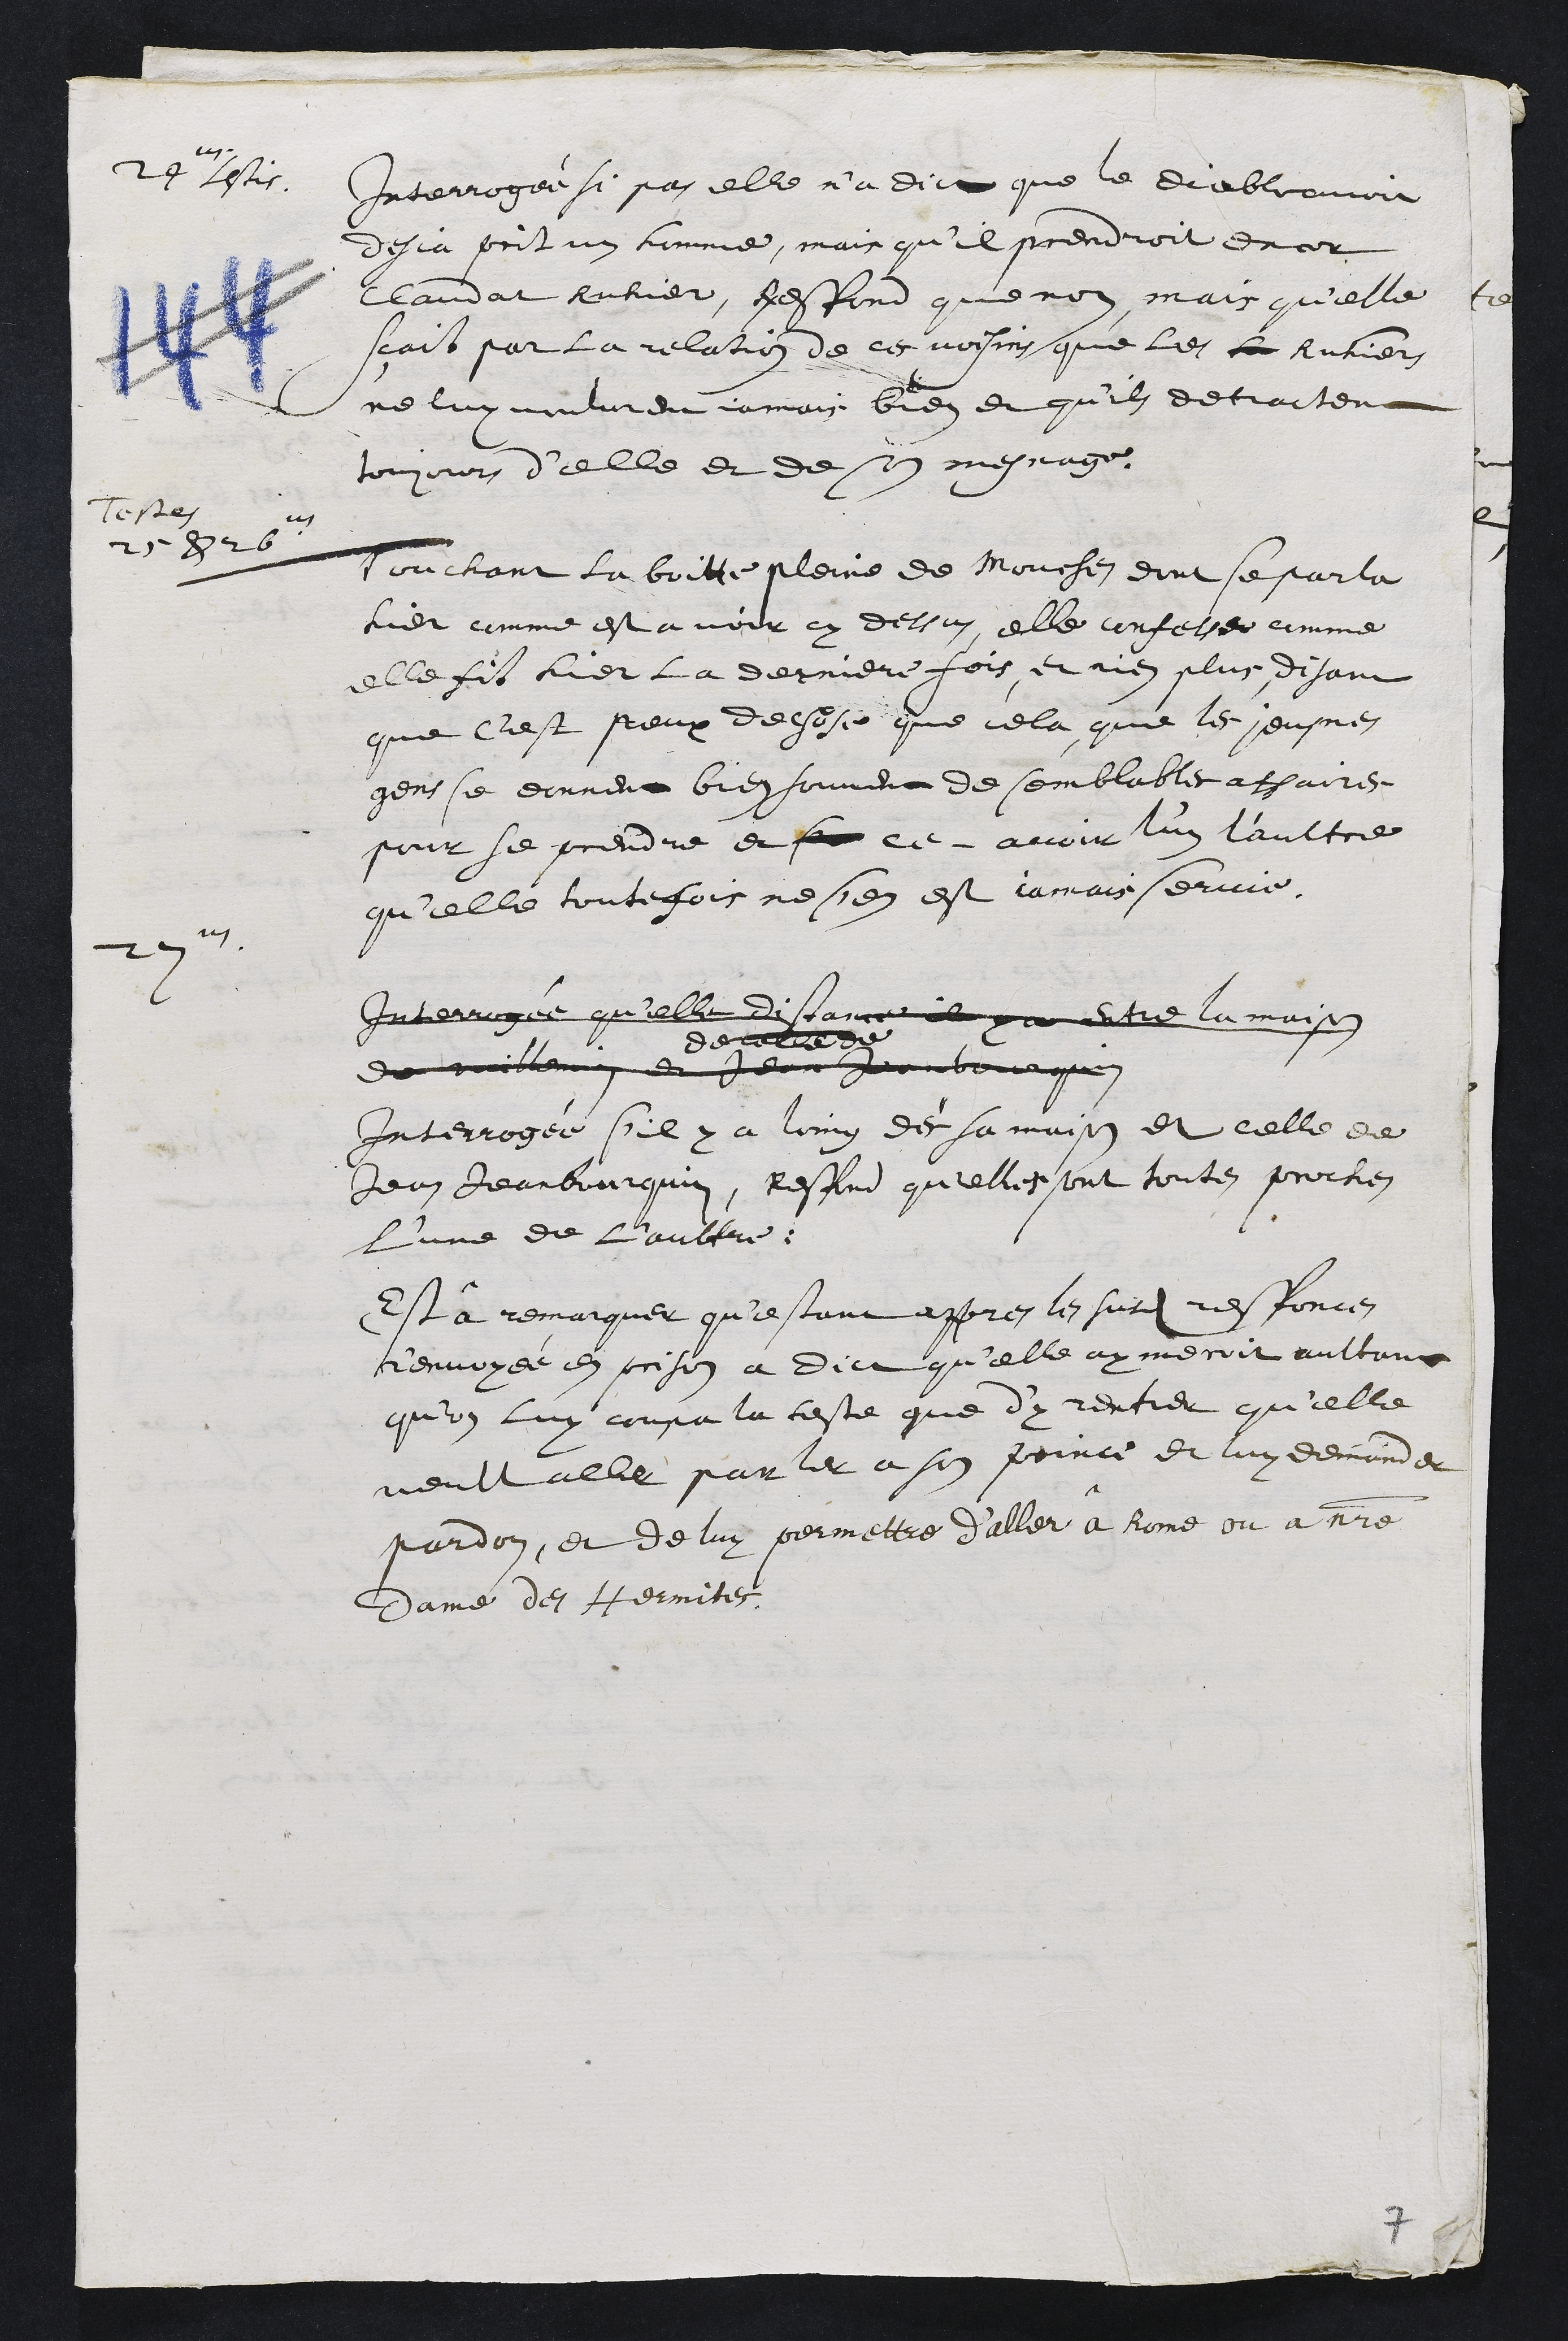
24us testis
Interrogée si pas elle n'a dict que le diable avoit
desja prit un homme, mais qu’il prendroit encor
Claudat Ruhier, Respond que non, mais qu'elle
scait par la relation de ces voisins que les Ruhiers
ne luy voulurent jamais bien et qu'ils detractent
toujours d'elle et de son mesnage.
Testes
25 & 26us
Touchant la boitte pleine de Mouches dont se parla
hier comme est a voir cy dessus, elle confesse comme
elle fit hier la derniere fois et rien plus, disant
que c'est peux de chose que cela, que les Jeusnes
gens se donnent bien souvent de semblables affaires
pour se prendre et se ce avoir l'un l'aultre
qu'elle toutefois ne sen est jamais servie.
27us
Interrogée qu'elle distance il y a entre la maison
de celle de
de vuillemin et Jean Jeanbourquin
Interrogée s'il y a loing dès sa maison et celle de
Jean Jeanbourquin, respond qu'elles sont toutes proches
l'une de l'aultre.
Est à remarquer qu’estant appres les susdites responces
r'envoyée en prison a Dict qu'elle aymeroit aultant
qu'on luy coupa la teste que d'y rentrer qu'elle
veult aller parler a son prince et luy demander
pardon, et de luy permettre d’aller a Rome ou a notre
Dame des Hermites,
7